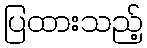
ပြထားသည့်